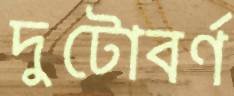
দুটোবর্ণ